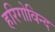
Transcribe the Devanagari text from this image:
हरिगोविन्द